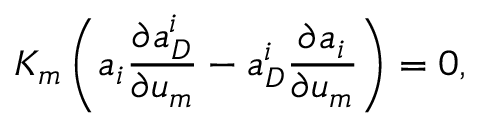
K _ { m } \left( a _ { i } \frac { \partial a _ { D } ^ { i } } { \partial u _ { m } } - a _ { D } ^ { i } \frac { \partial a _ { i } } { \partial u _ { m } } \right) = 0 ,